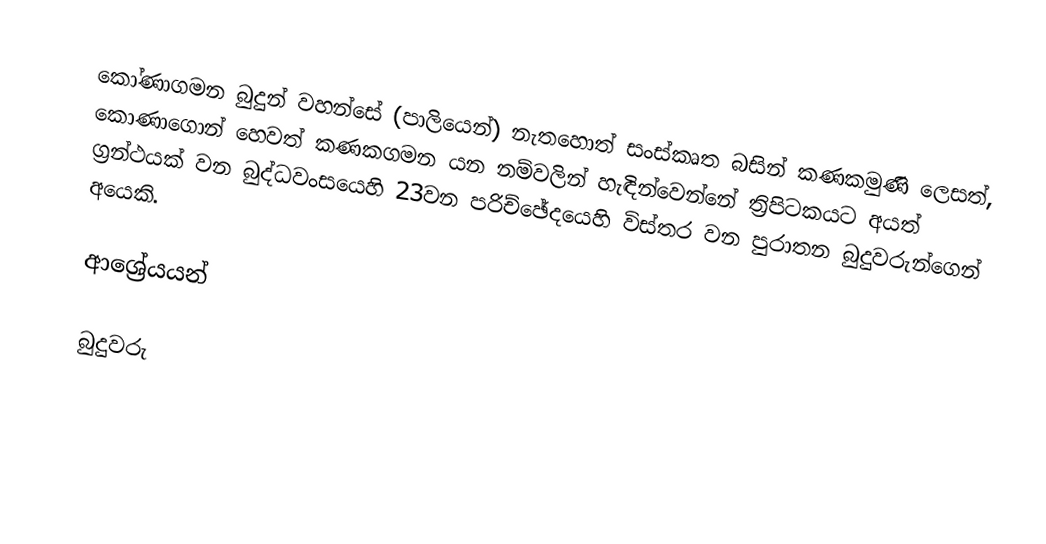
කෝණාගමන බුදුන් වහන්සේ (පාලියෙන්) නැතහොත් සංස්කෘත බසින් කණකමුණි ලෙසත්, කොණාගොන් හෙවත් කණකගමන යන නම්වලින් හැඳින්වෙන්නේ ත්‍රිපිටකයට අයත් ග්‍රන්ථයක් වන බුද්ධවංසයෙහි 23වන පරිච්ඡේදයෙහි විස්තර වන පුරාතන බුදුවරුන්ගෙන් අයෙකි.

ආශ්‍රේයයන්

බුදුවරු